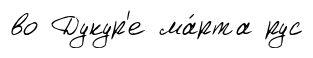
во Дукур'е ма́рта рус